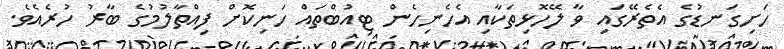
ހަށިގަނޑުގެ އެތެރޭގައި ވާ ލޭހޮޅިތަކާއި އެހެނިހެން ޓިއުބްތައް ހަނިކޮށް ފިއްތާލުމުގެ ބާރު ހުރެއެވެ.